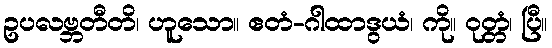
ဥပလဗ္ဘတီတိ၊ ဟူသော။ ဧတံ-ဂါထာဒွယံ၊ ကို။ ဝုတ္တံ၊ ပြီ။